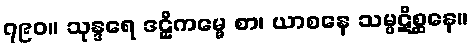
၇၉၀။ သုန္ဒရေ ဒဠှိကမ္မေ စာ၊ ယာစနေ သမ္ပဋိစ္ဆနေ။